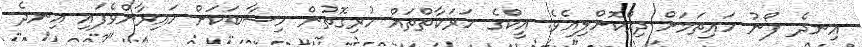
އިނދެ ފޯނު ހައިތަމަށް ދިއްކޮށްލިއެވެ. އީކްގެ ހަރަކާތްތައް ހުރިގޮތުން ހިސާބަކަށް ހައިރާންވެފައި އިނދެ